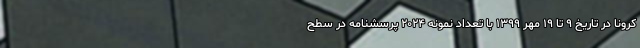
کرونا در تاریخ ۹ تا ۱۹ مهر ۱۳۹۹ با تعداد نمونه ۲۰۲۴ پرسشنامه در سطح